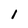
Character: 1